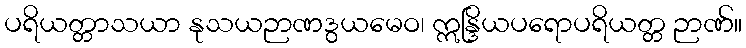
ပရိယတ္တာသယာ နုသယဉာဏဒွယမေဝ၊ ဣန္ဒြိယပရောပရိယတ္တ ဉာဏ်။